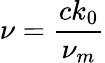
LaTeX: \nu=\frac{ck_{0}}{\nu_{m}}